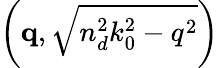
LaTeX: \left(\mathbf{q},\sqrt{n_{d}^{2}k_{0}^{2}-q^{2}}\right)